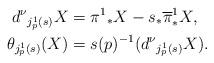
LaTeX: \begin{align*}d^\nu{}_{j^1_p(s)}X&=\pi^1{}_*X-s_*\overline{\pi}^1_*X,\\*\theta_{j^1_p(s)}(X)&=s(p)^{-1}(d^\nu{}_{j^1_p(s)}X).\end{align*}